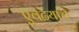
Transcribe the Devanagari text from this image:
एवढयाच